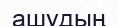
ашудың